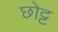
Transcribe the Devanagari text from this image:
छोट्ट